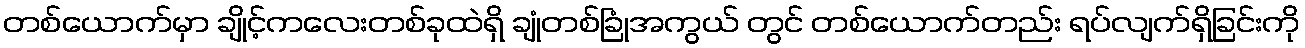
တစ်ယောက်မှာ ချိုင့်ကလေးတစ်ခုထဲရှိ ချုံတစ်ခြုံအကွယ် တွင် တစ်ယောက်တည်း ရပ်လျက်ရှိခြင်းကို